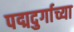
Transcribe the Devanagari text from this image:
पद्मदुर्गाच्या